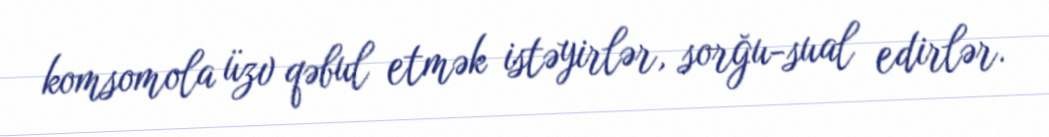
komsomola üzv qəbul etmək istəyirlər, sorğu-sual edirlər.